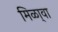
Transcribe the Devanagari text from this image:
मिळा्वा